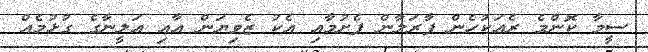
ސީމާ ކޮންމެ ރެއަކުހެން ފާރަލާން ފެށުމާއި އެކު ޒެވިޔަން އާއި އަލީނާގެ ގުޅުމެއް